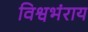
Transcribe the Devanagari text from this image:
विश्वभंराय